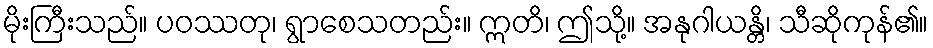
မိုးကြီးသည်။ ပဝဿတု၊ ရွာစေသတည်း။ ဣတိ၊ ဤသို့။ အနုဂါယန္တိ၊ သီဆိုကုန်၏။